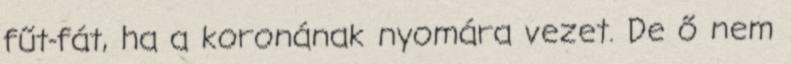
fűt-fát, ha a koronának nyomára vezet. De ő nem